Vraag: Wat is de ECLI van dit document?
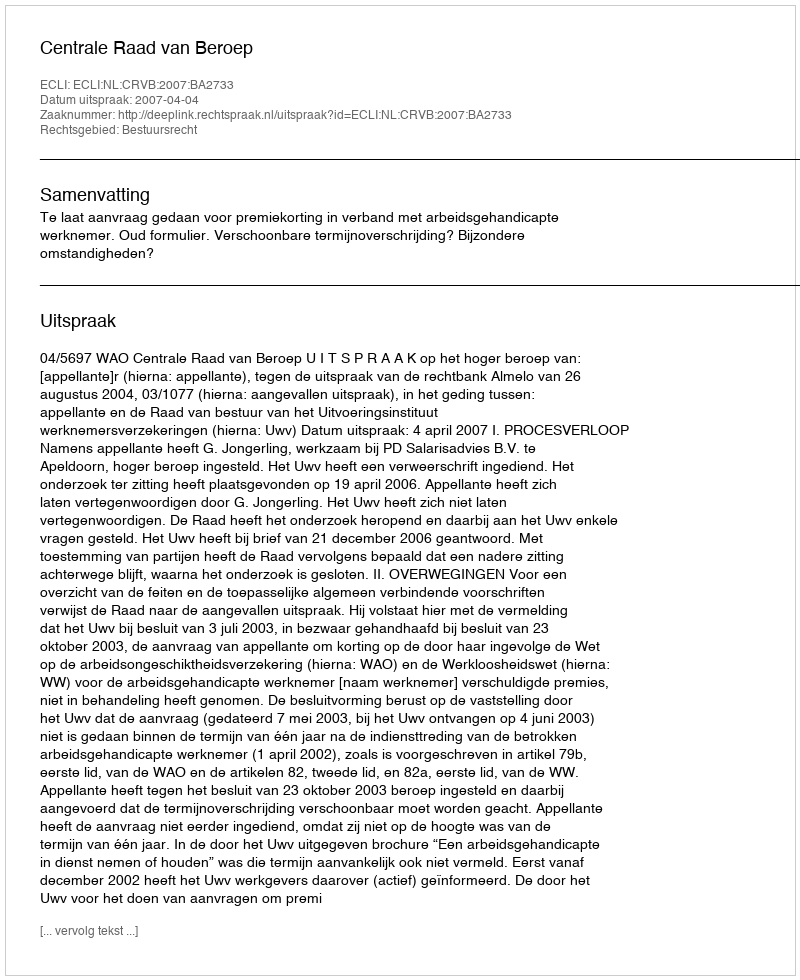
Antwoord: ECLI:NL:CRVB:2007:BA2733